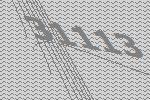
31113